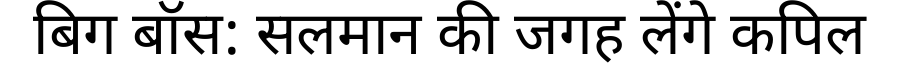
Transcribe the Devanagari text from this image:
बिग बॉस: सलमान की जगह लेंगे कपिल